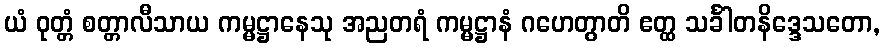
ယံ ဝုတ္တံ စတ္တာလီသာယ ကမ္မဋ္ဌာနေသု အညတရံ ကမ္မဋ္ဌာနံ ဂဟေတွာတိ ဧတ္ထ သင်္ခါတနိဒ္ဒေသတော,